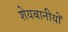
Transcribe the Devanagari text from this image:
शेयबानीयों